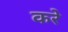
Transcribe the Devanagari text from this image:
करेे